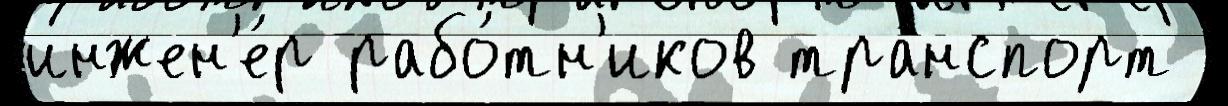
инжен'е́р рабо́тн'иков тра́нспорт